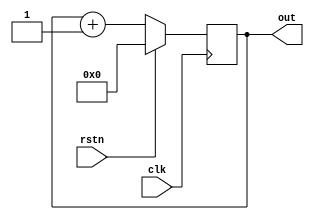
module counter (input clk,      
                input rstn,                
                output reg[10:0] out);    
 
  always @ (posedge clk) begin  
    if ( rstn)  
      out <= 0;  
    else  
      out <= out + 1;  
  end  
endmodule